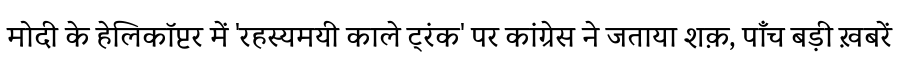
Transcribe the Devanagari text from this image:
मोदी के हेलिकॉप्टर में 'रहस्यमयी काले ट्रंक' पर कांग्रेस ने जताया शक़, पाँच बड़ी ख़बरें